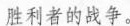
胜利者的战争。